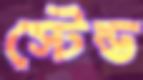
স্টেন্ড